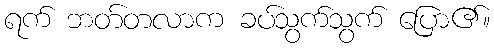
ရက် ဘတ်တလာက ခပ်သွက်သွက် ပြော၏။